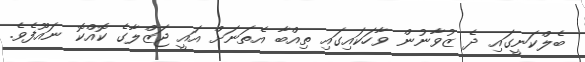
ބެލްކަނީގައި ދެ ޒުވާނުން ވާހަކައިގައި ތިއްބާ އެތަނަށް އައީ ޖަޒްލާގެ ކޮއްކޮ ނައޫފެވެ.